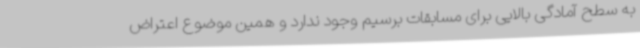
به سطح آمادگی بالایی برای مسابقات برسیم وجود ندارد و همین موضوع اعتراض